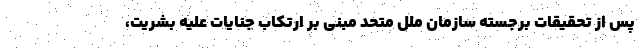
پس از تحقیقات برجسته سازمان ملل متحد مبنی بر ارتکاب جنایات علیه بشریت،